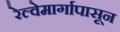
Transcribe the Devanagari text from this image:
रेल्वेमार्गापासून